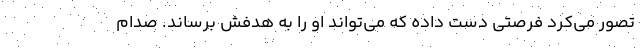
تصور مي‌كرد فرصتي دست داده كه مي‌تواند او را به هدفش برساند. صدام